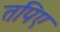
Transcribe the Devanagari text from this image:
तपिए